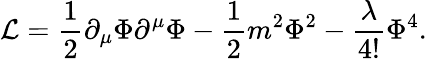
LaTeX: {\cal L}=\frac{1}{2}\partial_{\mu}\Phi\partial^{\mu}\Phi-\frac{1}{2}m^{2}\Phi^{2}-\frac{\lambda}{4!}\Phi^{4}.